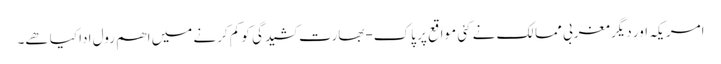
امریکہ اور دیگر مغربی ممالک نے کئی مواقع پر پاک-بھارت کشیدگی کو کم کرنے میں اھم رول ادا کیا ھے۔